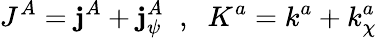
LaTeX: J^{A}=\mathbf{j}^{A}+\mathbf{j}_{\psi}^{A}\; \; ,\; \; K^{a}=k^{a}+k_{\chi}^{a}